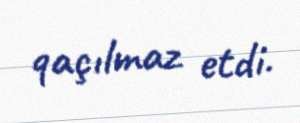
qaçılmaz etdi.